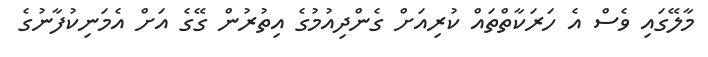
މާލޭގައި ވެސް އެ ހަރަކާތްތައް ކުރިއަށް ގެންދިއުމުގެ އިތުރުން ގޭގެ އަށް އެމަނިކުފާނުގެ